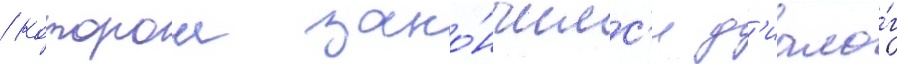
/ которои зако́нчилс'я д'иало́г